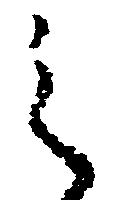
之